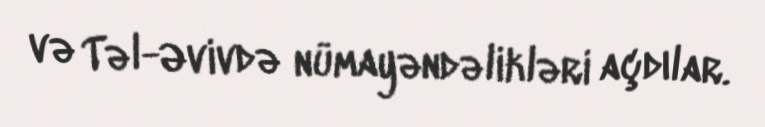
və Təl-Əvivdə nümayəndəlikləri açdılar.